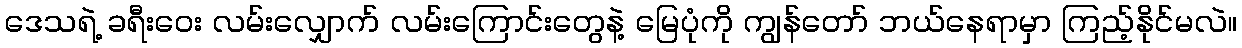
ဒေသရဲ့ ခရီးဝေး လမ်းလျှောက် လမ်းကြောင်းတွေနဲ့ မြေပုံကို ကျွန်တော် ဘယ်နေရာမှာ ကြည့်နိုင်မလဲ။